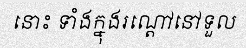
នោះ ទាំងក្នុងរណ្តៅនៅទួល